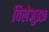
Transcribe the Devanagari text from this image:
विलेजुइफ़